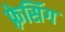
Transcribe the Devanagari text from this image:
फ़्रेसिंग